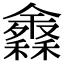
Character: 𥣠